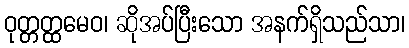
ဝုတ္တတ္ထမေဝ၊ ဆိုအပ်ပြီးသော အနက်ရှိသည်သာ၊